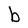
Character: b